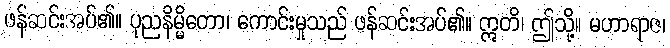
ဖန်ဆင်းအပ်၏။ ပုညနိမ္မိတော၊ ကောင်းမှုသည် ဖန်ဆင်းအပ်၏။ ဣတိ၊ ဤသို့။ မဟာရာဇ၊